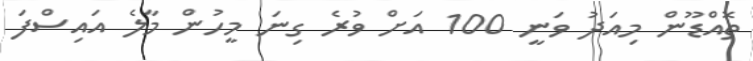
ތޮއްޑޫން މިއަދު ވަނީ 100 އަށް ވުރެ ގިނަ މީހުން މާލެ އައިސްފަ